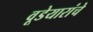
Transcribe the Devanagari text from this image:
वूडेयारांचे